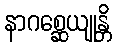
နာဂစ္ဆေယျုန္တိ